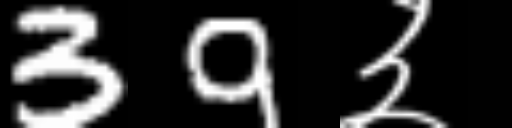
Text: 39३